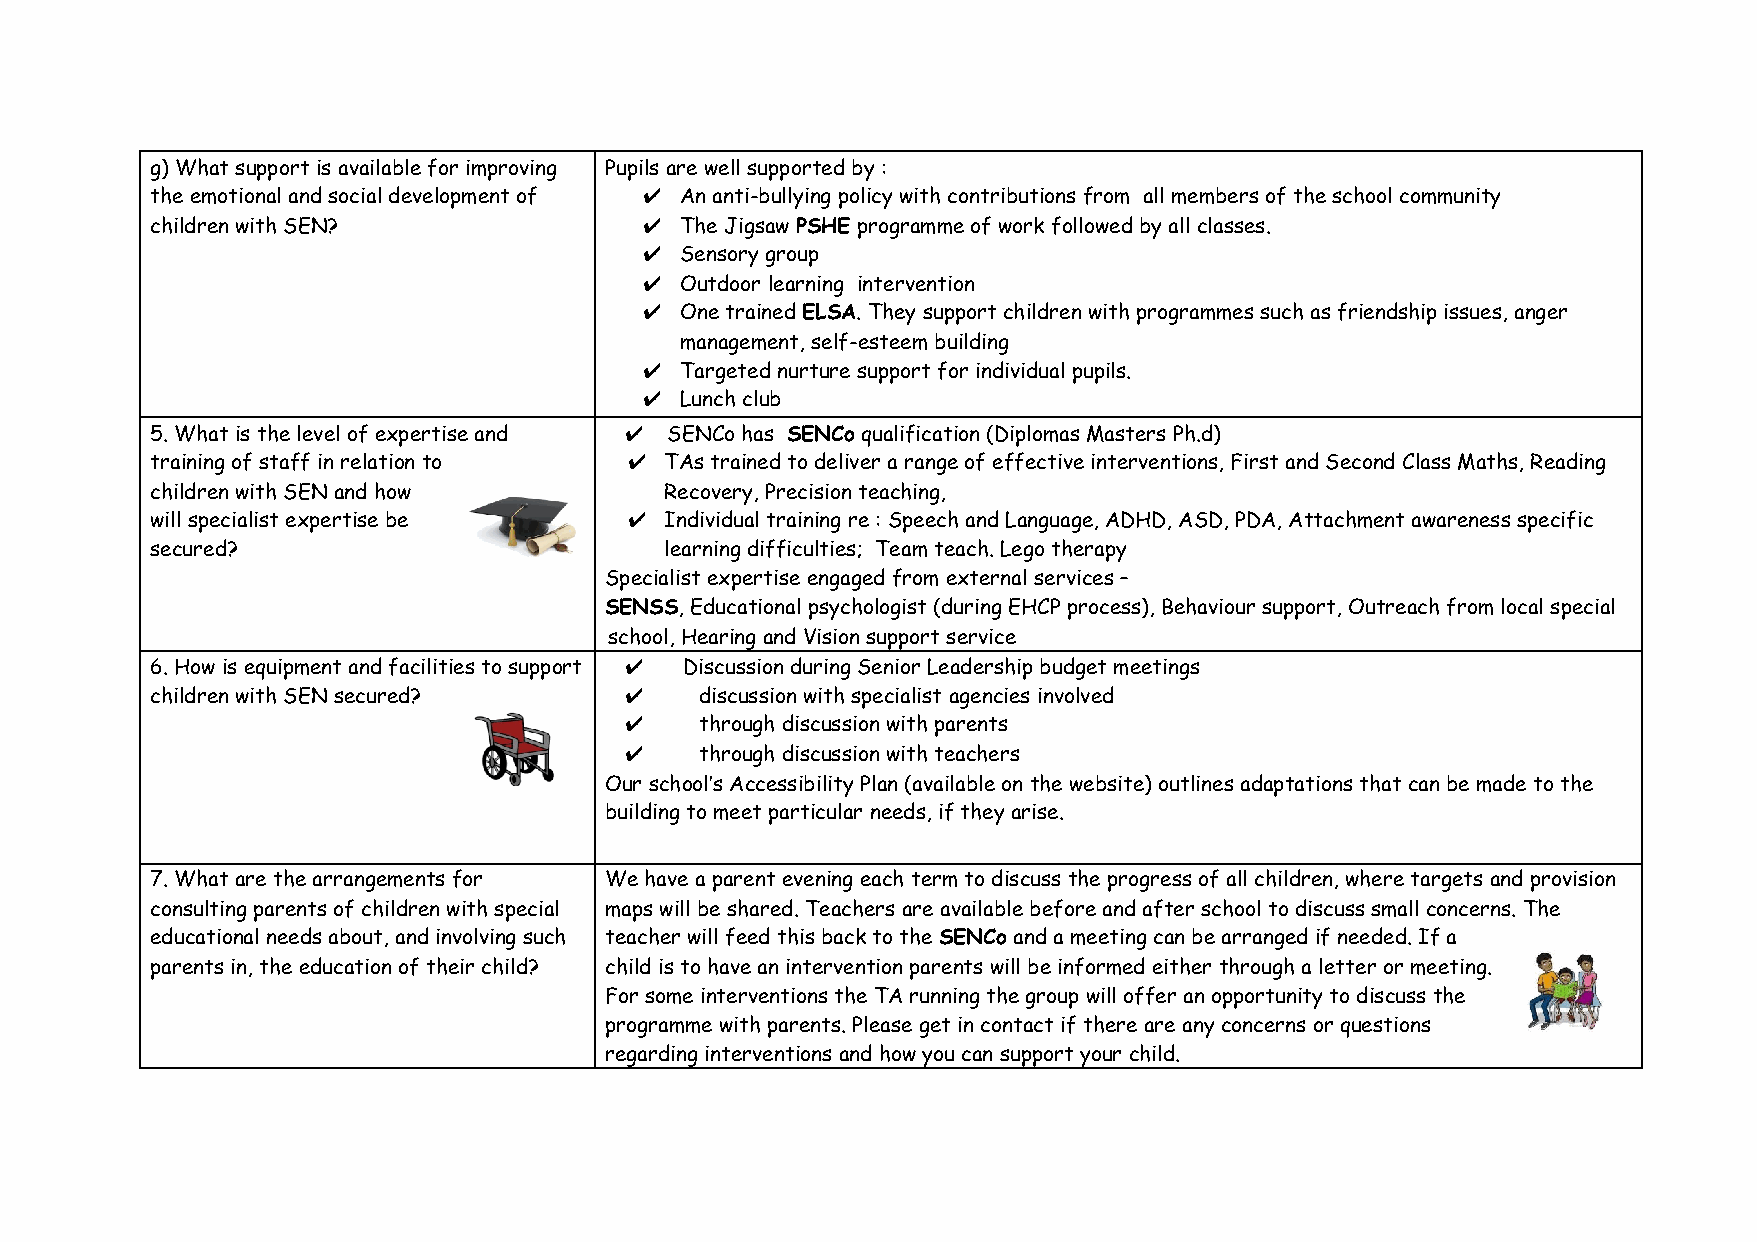
g) What support is available for improving Pupils are well supported by :
 the emotional and social development of ✔ An anti-bullying policy with contributions from all members of the school community
 children with SEN?               ✔ The Jigsaw PSHE programme of work followed by all classes.
 ​  ​
 ✔ Sensory group
 ✔ Outdoor learning intervention
 ✔ One trained ELSA. They support children with programmes such as friendship issues, anger
 ​   ​
 management, self-esteem building
 ✔ Targeted nurture support for individual pupils.
 ✔ Lunch club
 5. What is the level of expertise and ✔ SENCo has SENCo qualification (Diplomas Masters Ph.d)
 ​    ​
 training of staff in relation to ✔ TAs trained to deliver a range of effective interventions, First and Second Class Maths, Reading
 children with SEN and how         Recovery, Precision teaching,
 will specialist expertise be   ✔  Individual training re : Speech and Language, ADHD, ASD, PDA, Attachment awareness specific
 secured?                          learning difficulties; Team teach. Lego therapy
 Specialist expertise engaged from external services –
 SENSS, Educational psychologist (during EHCP process), Behaviour support, Outreach from local special
 ​
 school, Hearing and Vision support service
 6. How is equipment and facilities to support ✔ Discussion during Senior Leadership budget meetings
 children with SEN secured?     ✔    discussion with specialist agencies involved
 ✔    through discussion with parents
 ✔    through discussion with teachers
 Our school’s Accessibility Plan (available on the website) outlines adaptations that can be made to the
 building to meet particular needs, if they arise.
 7. What are the arrangements for We have a parent evening each term to discuss the progress of all children, where targets and provision
 consulting parents of children with special maps will be shared. Teachers are available before and after school to discuss small concerns. The
 educational needs about, and involving such teacher will feed this back to the SENCo and a meeting can be arranged if needed. If a
 ​    ​
 parents in, the education of their child? child is to have an intervention parents will be informed either through a letter or meeting.
 For some interventions the TA running the group will offer an opportunity to discuss the
 programme with parents. Please get in contact if there are any concerns or questions
 regarding interventions and how you can support your child.